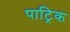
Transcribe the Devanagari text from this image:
पाट्रिक